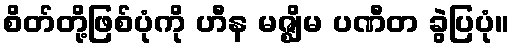
စိတ်တို့ဖြစ်ပုံကို ဟီန မဇ္ဈိမ ပဏီတ ခွဲပြပုံ။